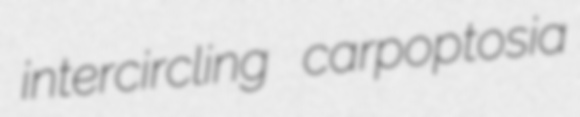
intercircling carpoptosia